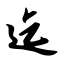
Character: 迄